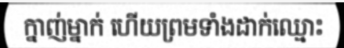
ក្នាញ់ម្នាក់ ហើយព្រមទាំងដាក់ឈ្មោះ